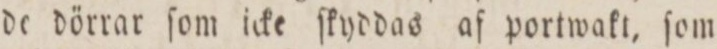
de dörrar ſom icke ſkyddas af portwakt, ſom